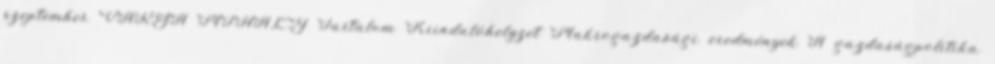
szeptember VARGA MIHÁLY Tartalom Kiindulóhelyzet Makrogazdasági eredmények A gazdaságpolitika